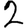
Digit: 2